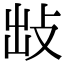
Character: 𢼍